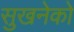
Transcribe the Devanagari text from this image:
सुखनेको